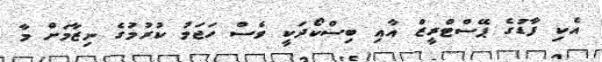
އެކި ފާޑުގެ ޕޭސްޓްރީޒް އާއި ބިސްކޯދަކީ ވެސް ހަޖަމު ކުރުމުގެ ނިޒާމަށް މާ